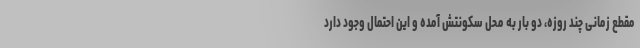
مقطع زمانی چند روزه، دو بار به محل سکونتش آمده و این احتمال وجود دارد